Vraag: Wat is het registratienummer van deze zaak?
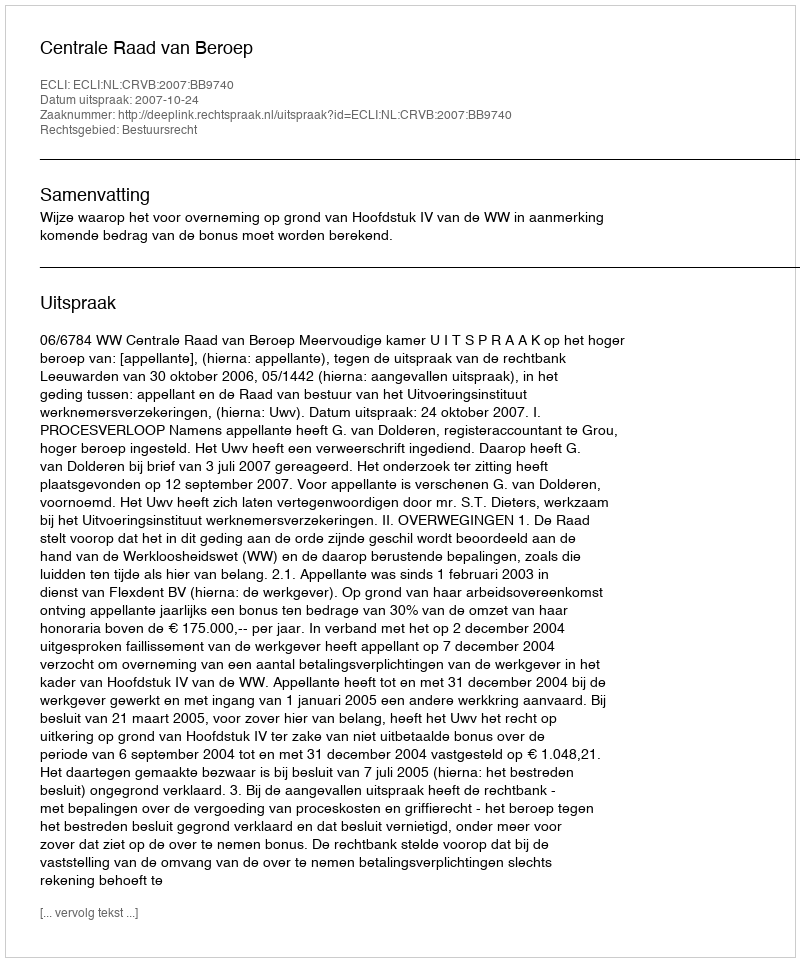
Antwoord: http://deeplink.rechtspraak.nl/uitspraak?id=ECLI:NL:CRVB:2007:BB9740